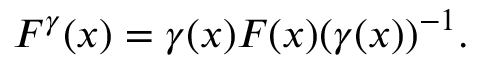
F ^ { \gamma } ( x ) = \gamma ( x ) F ( x ) ( \gamma ( x ) ) ^ { - 1 } .